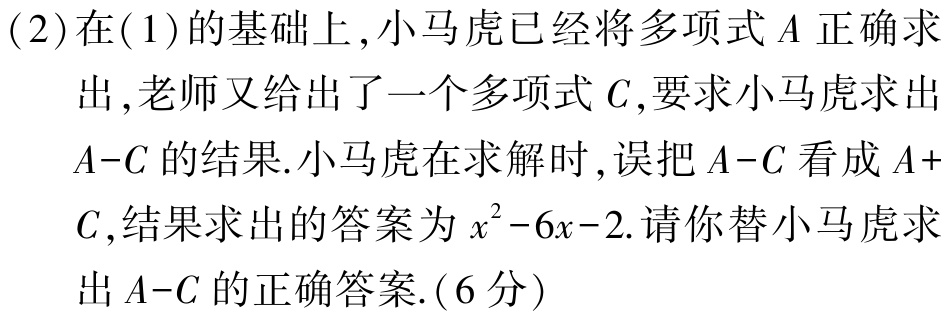
(2)在(1)的基础上,小马虎已经将多项式\(A\)正确求出,老师又给出了一个多项式\(C\),要求小马虎求出\(A - C\)的结果.小马虎在求解时,误把\(A - C\)看成\(A + C\),结果求出的答案为\(x^{2}-6x - 2\).请你替小马虎求出\(A - C\)的正确答案.(6分)